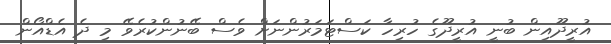
އުރީދޫއިން ބުނީ އުރީދޫގެ ހުރިހާ ކަސްޓަމަރުންނަށް ވެސް ބޭނުންކުރެވޭ މި ދެ އެޑްއޯން